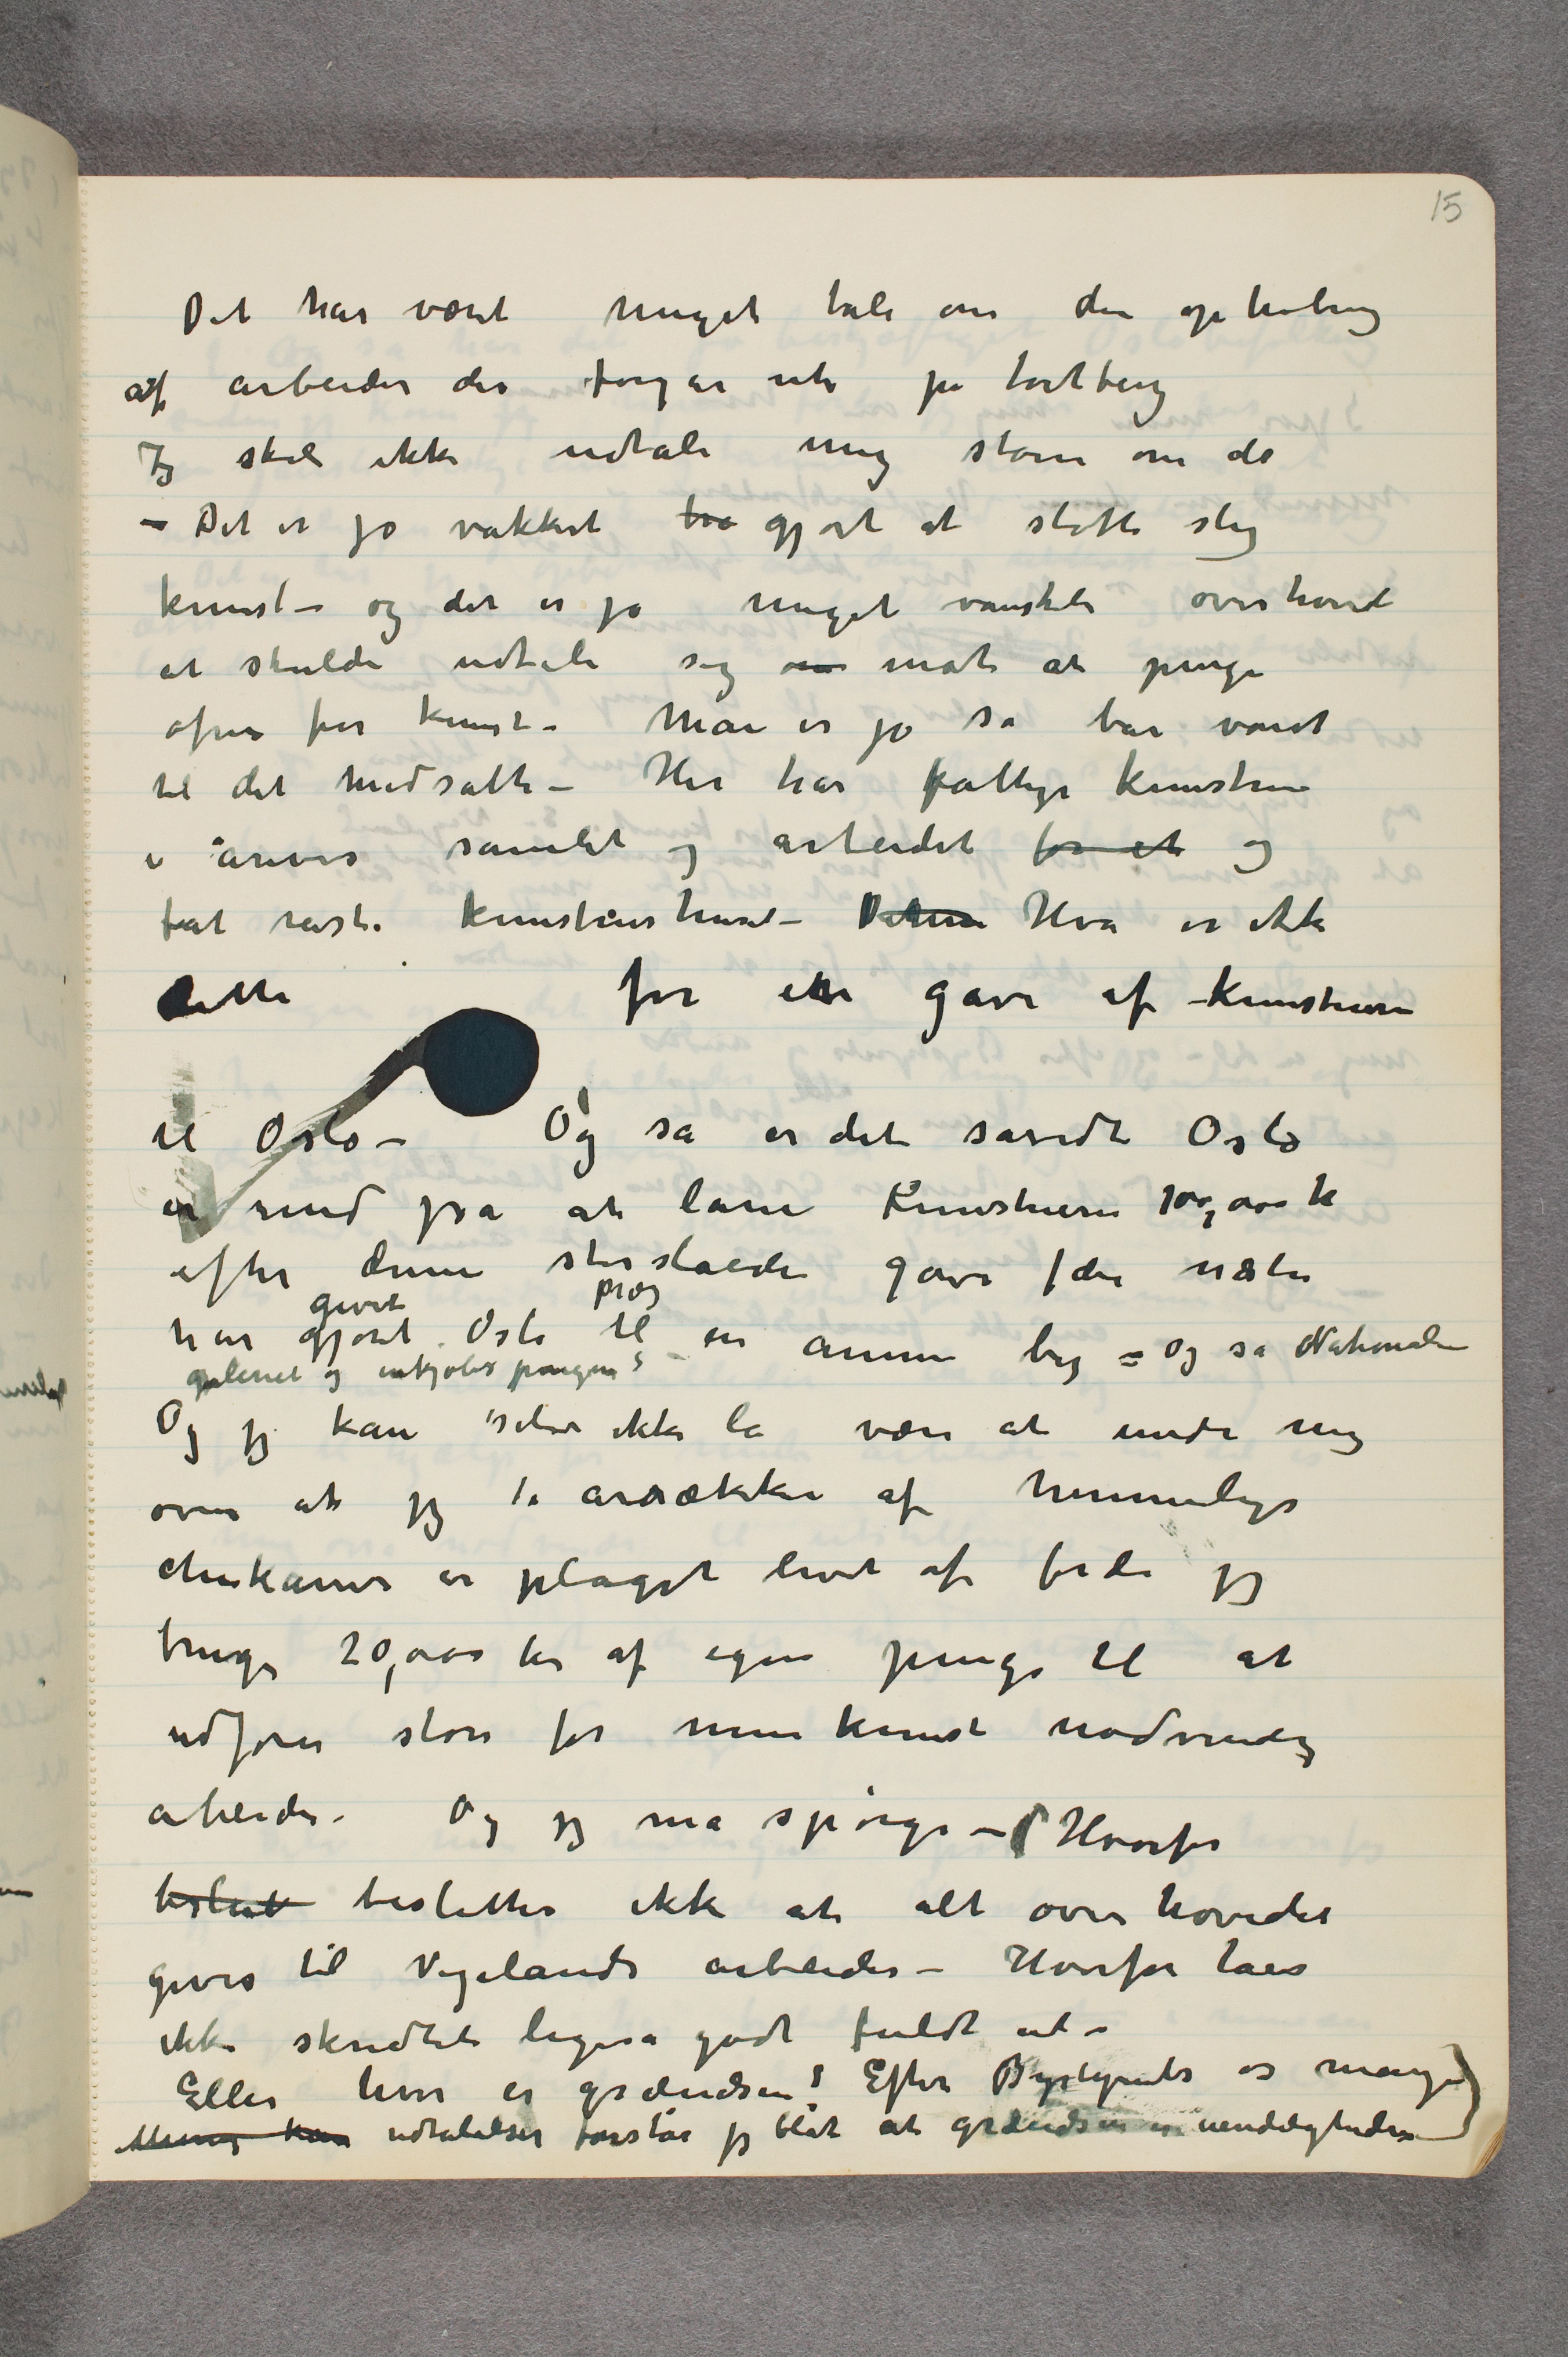
Det har været meget tale om den ophobing
af arbeider der foregår ute på tørtberg
Jeg skal ikke udtale mig større om det
– Det er jo vakkert ha gjort at støtte slig
kunst – og det er jo meget vanskeli overhoved
at skulde udtale sig om mot at penge
ofres for kunst – Man er jo så bar vandt
til det modsatte – Her har fattige kunstnere
i årevis samlet og arbeidet for et og
fåt reist kunstnerhuset – Detm Hva er ikke
dette    for en gave af kunstnerne
til Oslo – Og så er det sandt Oslo
er med på at låne Kunstnerne 100,000 kr
efter denne storslåede gave  …  der næsten
har gjortgivet Oslo præg til en annen by – Og så National-
galeriet og inkjøbspengerne?
Og jeg kan selv ikke la være at undre mig
over at jeg i årrækker af hemmelige
chikaner er plaget livet af fordi jeg
bruger 20,000 kr af egne penge til at
udføre store for min kunst nødvendig
arbeide. Og jeg må spørge –  …  Hvorfor
beslut besluttes ikke at alt overhovedet
gives til Vigelands arbeider – Hvorfor taes
ikke skridtet ligeså godt fuldt ut –
Eller hvor er grændsen! Efter Bystyrets og manges
Mening kan udtalelser forstår jeg blot at grændsen er uendeligheden